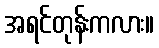
အရင်တုန်းကလား။